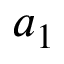
a _ { 1 }